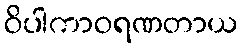
ဝိပါကာဝရဏတာယ